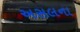
અસલના